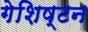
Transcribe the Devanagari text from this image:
गेशिष्टन